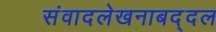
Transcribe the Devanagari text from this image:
संवादलेखनाबद्दल